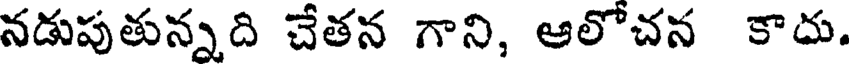
నడుపుతున్నది చేతన గాని, ఆలోచన కాదు.